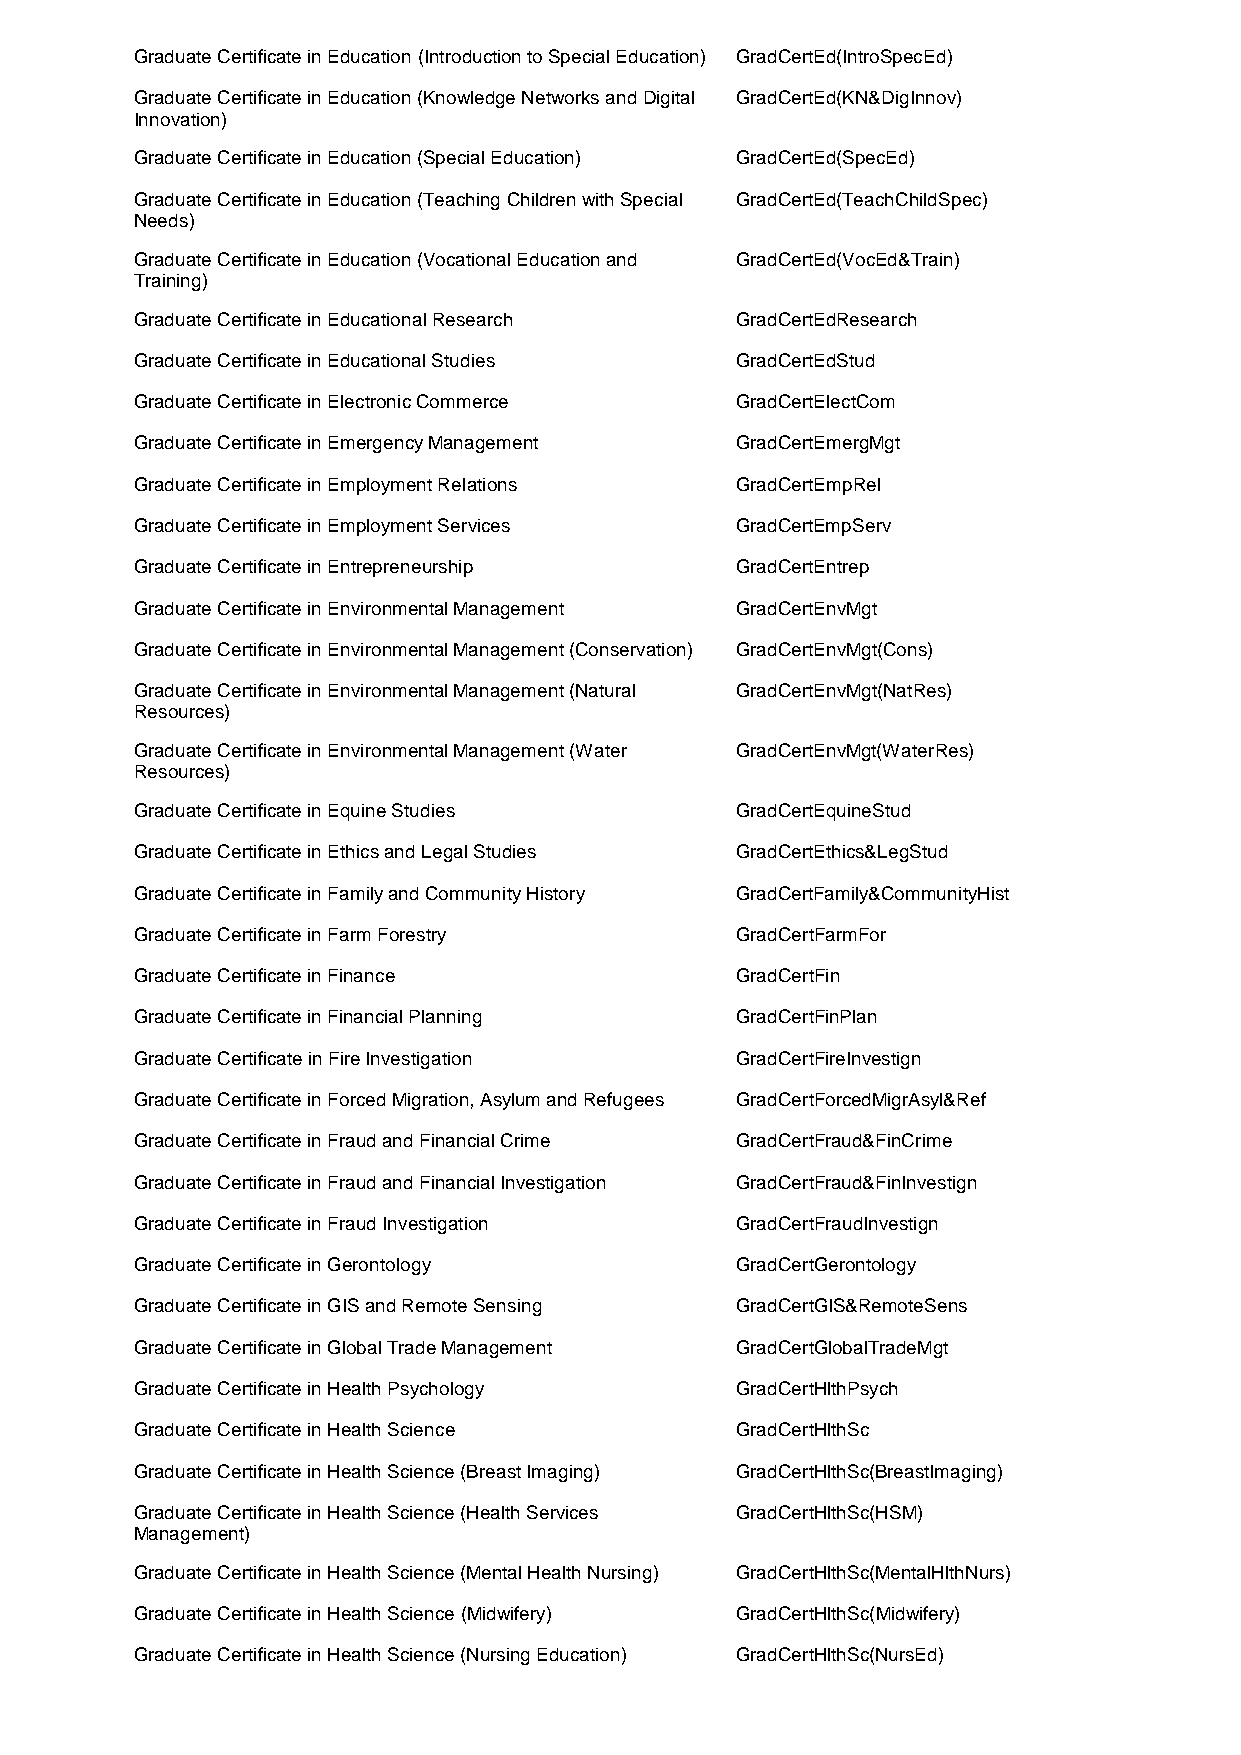
Graduate Certificate in Education (Introduction to Special Education) GradCertEd(IntroSpecEd)
 Graduate Certificate in Education (Knowledge Networks and Digital GradCertEd(KN&DigInnov)
 Innovation)
 Graduate Certificate in Education (Special Education) GradCertEd(SpecEd)
 Graduate Certificate in Education (Teaching Children with Special GradCertEd(TeachChildSpec)
 Needs)
 Graduate Certificate in Education (Vocational Education and GradCertEd(VocEd&Train)
 Training)
 Graduate Certificate in Educational Research GradCertEdResearch
 Graduate Certificate in Educational Studies GradCertEdStud
 Graduate Certificate in Electronic Commerce GradCertElectCom
 Graduate Certificate in Emergency Management GradCertEmergMgt
 Graduate Certificate in Employment Relations GradCertEmpRel
 Graduate Certificate in Employment Services GradCertEmpServ
 Graduate Certificate in Entrepreneurship GradCertEntrep
 Graduate Certificate in Environmental Management GradCertEnvMgt
 Graduate Certificate in Environmental Management (Conservation) GradCertEnvMgt(Cons)
 Graduate Certificate in Environmental Management (Natural GradCertEnvMgt(NatRes)
 Resources)
 Graduate Certificate in Environmental Management (Water GradCertEnvMgt(WaterRes)
 Resources)
 Graduate Certificate in Equine Studies  GradCertEquineStud
 Graduate Certificate in Ethics and Legal Studies GradCertEthics&LegStud
 Graduate Certificate in Family and Community History GradCertFamily&CommunityHist
 Graduate Certificate in Farm Forestry   GradCertFarmFor
 Graduate Certificate in Finance         GradCertFin
 Graduate Certificate in Financial Planning GradCertFinPlan
 Graduate Certificate in Fire Investigation GradCertFireInvestign
 Graduate Certificate in Forced Migration, Asylum and Refugees GradCertForcedMigrAsyl&Ref
 Graduate Certificate in Fraud and Financial Crime GradCertFraud&FinCrime
 Graduate Certificate in Fraud and Financial Investigation GradCertFraud&FinInvestign
 Graduate Certificate in Fraud Investigation GradCertFraudInvestign
 Graduate Certificate in Gerontology     GradCertGerontology
 Graduate Certificate in GIS and Remote Sensing GradCertGIS&RemoteSens
 Graduate Certificate in Global Trade Management GradCertGlobalTradeMgt
 Graduate Certificate in Health Psychology GradCertHlthPsych
 Graduate Certificate in Health Science  GradCertHlthSc
 Graduate Certificate in Health Science (Breast Imaging) GradCertHlthSc(BreastImaging)
 Graduate Certificate in Health Science (Health Services GradCertHlthSc(HSM)
 Management)
 Graduate Certificate in Health Science (Mental Health Nursing) GradCertHlthSc(MentalHlthNurs)
 Graduate Certificate in Health Science (Midwifery) GradCertHlthSc(Midwifery)
 Graduate Certificate in Health Science (Nursing Education) GradCertHlthSc(NursEd)